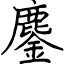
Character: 鏖